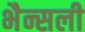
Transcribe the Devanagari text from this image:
भैन्सली